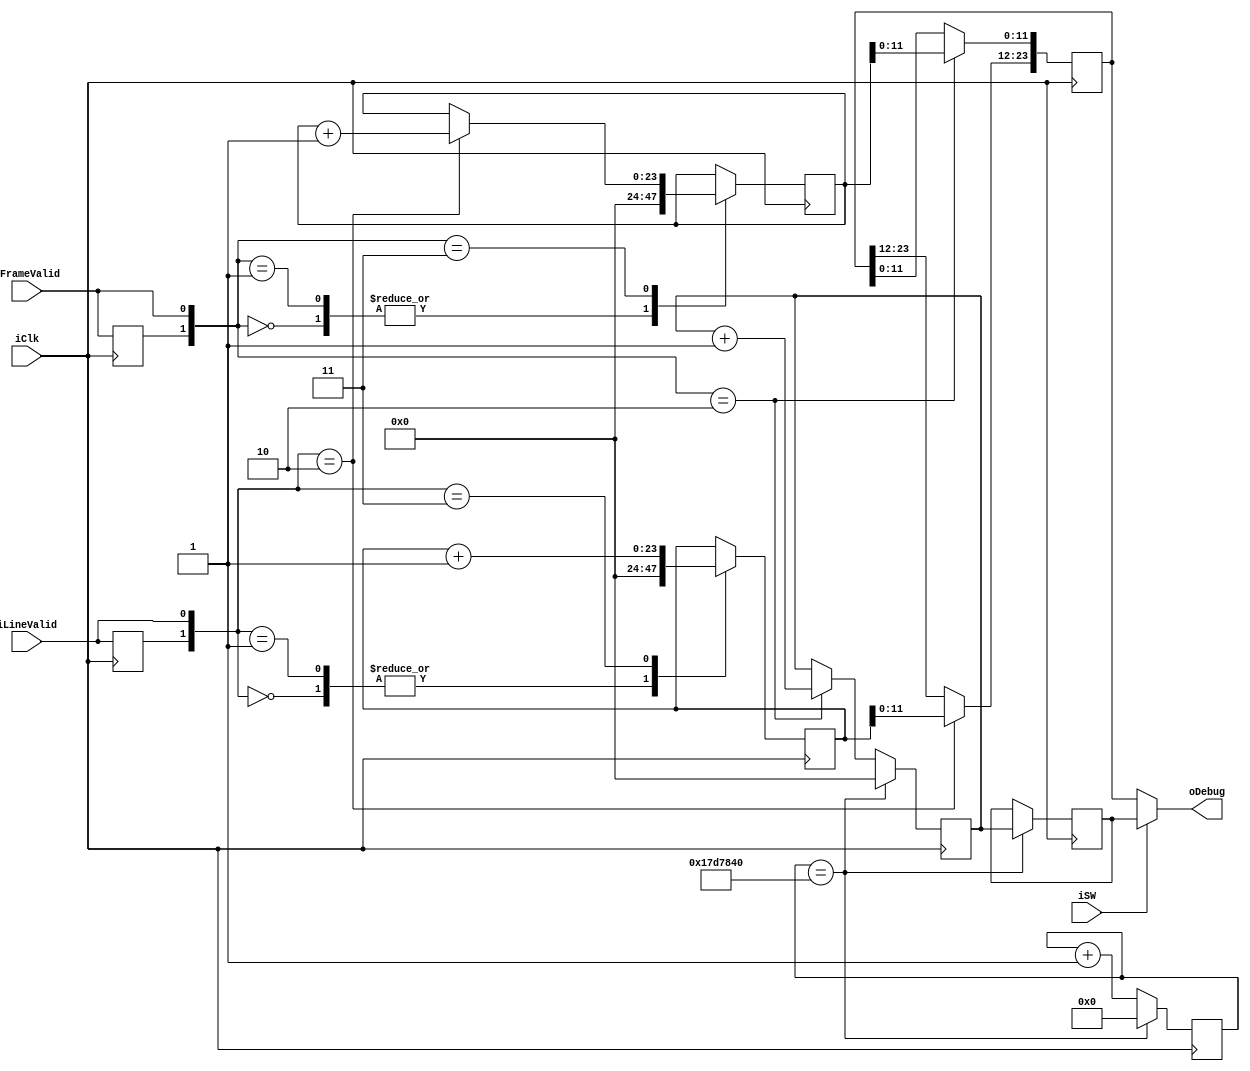
module image_processor_dbg (
        input                   iClk,
        input                   iLineValid,
        input                   iFrameValid,
        input                   iSW,
        
        output          [23:0]  oDebug
    );

    assign oDebug = (iSW == 1) ? rDebugFPS : rDebugRes;
    
    /************************************************
     *  Debug 
     ***********************************************/
    reg     [23:0]  rDebugFPS       = 0;
    reg     [23:0]  rDebugRes       = 0;
    reg     [23:0]  rFPS            = 0;
    reg     [32:0]  rTime           = 0;
    reg     [23:0]  rWidth          = 0;
    reg     [23:0]  rHeight         = 0;
    reg             rLineValidL     = 0;
    reg             rFrameValidL    = 0;
    
    always@(posedge iClk)
    begin
        rTime <= rTime + 1;
        if({rFrameValidL,iFrameValid} == 2'b10)  rFPS <= rFPS + 1;
        case({rLineValidL,iLineValid})
            2'b10:  rDebugRes[23:12] <= rWidth[11:0];
            2'b00:  rWidth <= 0;
            2'b01:  rWidth <= 0;
            2'b11:  rWidth <= rWidth + 1;
        endcase
        rLineValidL <= iLineValid;
        case({rFrameValidL,iFrameValid})
            2'b10:  rDebugRes[11:0] <= rHeight[11:0];
            2'b00:  rHeight <= 0;
            2'b01:  rHeight <= 0;
            2'b11:  if({rLineValidL,iLineValid} == 2'b10) rHeight <= rHeight + 1;
        endcase
        rFrameValidL    <=  iFrameValid;
        if(rTime == 25000000)
        begin
            rTime       <=  0;
            rDebugFPS   <=  rFPS;
            rFPS        <=  0;
        end
    end
    
endmodule